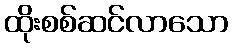
ထိုးစစ်ဆင်လာသော